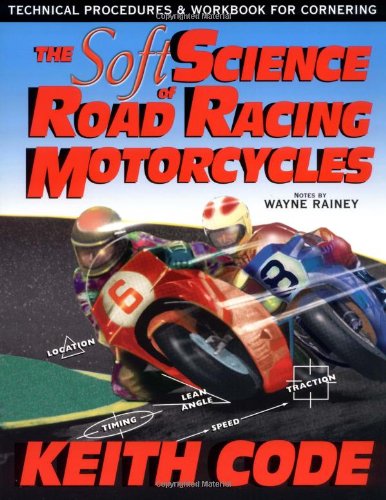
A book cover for Soft Science of Roadracing Motorcycles: The Technical Procedures and Workbook for Roadracing Motorcycles; Keith Code; Sports & Outdoors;